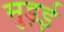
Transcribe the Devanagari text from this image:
मुड़ई